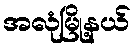
အလုံမြို့နယ်